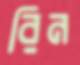
রিন